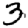
Digit: 3